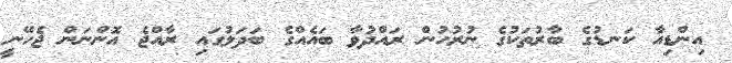
އިންޑިއާ ކަނޑުގެ ބާރުތަކުގެ ނުރުހުން ރައްދުވާ ބައެއްގެ ބަދަލުގައި ރާއްޖެ އޮންނަން ޖެހޭނީ